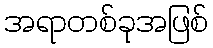
အရာတစ်ခုအဖြစ်